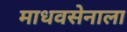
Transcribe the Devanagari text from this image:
माधवसेनाला